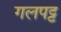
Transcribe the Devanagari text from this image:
गलपट्ट